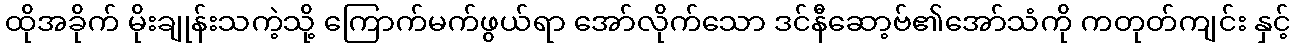
ထိုအခိုက် မိုးချုန်းသကဲ့သို့ ကြောက်မက်ဖွယ်ရာ အော်လိုက်သော ဒင်နီဆော့ဗ်၏အော်သံကို ကတုတ်ကျင်း နှင့်